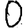
Digit: 0